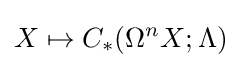
X\mapsto C_{*}(\Omega ^{n}X;\Lambda )